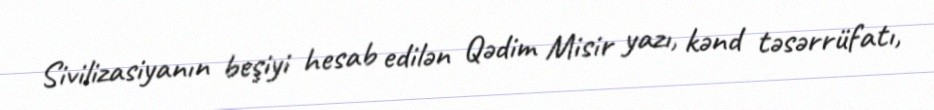
Sivilizasiyanın beşiyi hesab edilən Qədim Misir yazı, kənd təsərrüfatı,